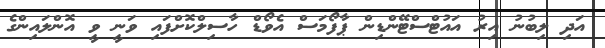
އަދި ލިބުނު އިރު އައުޓްސްޓޭންޑިން ޕާފޯމަސް އެވޯޑް ހާސިލްކޮށްފައި ވަނީ ވީ އޮންލައިންގެ